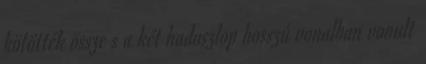
kötötték össze s a két hadoszlop hosszú vonalban vonult